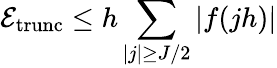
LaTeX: \mathcal{E}_{\mathrm{trunc}}\leq h\sum_{|j|\geq J/2}|f(jh)|